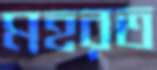
মহরত